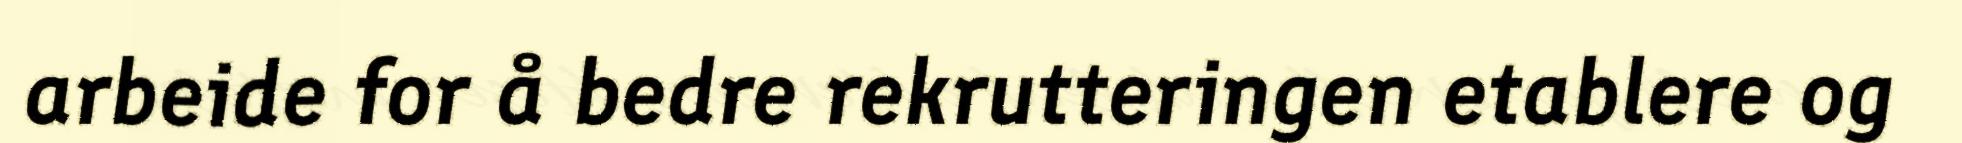
arbeide for å bedre rekrutteringen etablere og